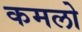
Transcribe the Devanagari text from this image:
कमलो